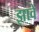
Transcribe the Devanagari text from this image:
झावे